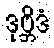
ဒုဗ္ဘိဒံ